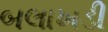
બલાખડી